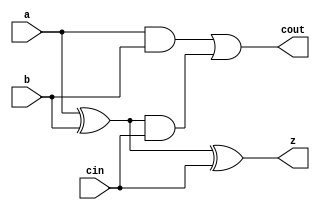
module fullAdder(z, cout, a, b, cin);
//reg a, b, cin;
input a, b, cin;
output z, cout;
wire upperRes, lowerRes, upperAnd;//, z, cout;

xor my_xorHigh(upperRes, a, b);
and my_andLow(lowerRes, a, b);
xor my_xorHigh2(z, upperRes, cin);
and my_andHigh(upperAnd, upperRes, cin);
or  my_orLow(cout, lowerRes, upperAnd);

//initial
//begin

	
	//#1 $display("a=%b b=%b cin=%b z=%b cout=%b", a, b, cin, z, cout);
	//$finish;
//end 
endmodule

module Adder4(z, cout, a, b, cin);
input [3:0] a, b;
input cin; 
wire [3:0] in, out;
output [3:0] z;
output cout;

fullAdder mine[3:0](z, out, a, b, in); 

assign in[0] = cin; 
assign in[3:1] = out[2:0];
assign cout = out[3]; 

endmodule

module t_adder;
reg [3:0] a, b;
reg cin; 
wire [3:0] s;
wire cout;

integer i;

Adder4 my_add4(s, cout, a, b, cin);

initial
begin

	a = 0;
	b = 0;
	cin = 0;
	//#1 $display("a=%b b=%b cin=%b z=%b cout=%b", a, b, cin, z, cout);
	//$finish;
	repeat(7)
	begin
        #5$display("%2d: a=%b b=%b s=%b cout=%b", $time, a, b, s, cout);
	a = a + 1; b = b + 2;
	end
	$finish;
		
end 


endmodule